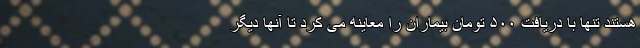
هستند تنها با دریافت ۵۰۰ تومان بیماران را معاینه می کرد تا آنها دیگر